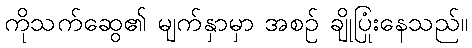
ကိုသက်ဆွေ၏ မျက်နှာမှာ အစဉ် ချိုပြုံးနေသည်။